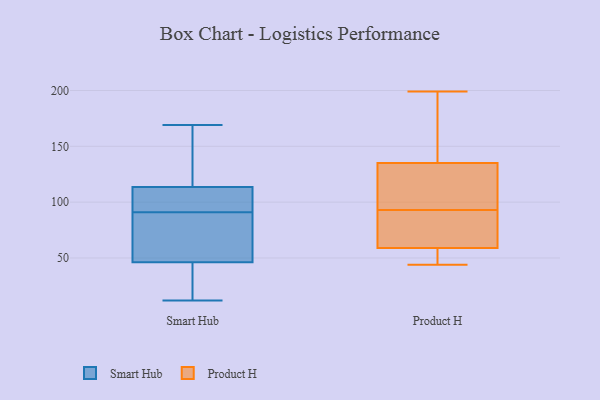
{"axis": {"x": "Customer Acquisition Cost (USD)", "y": "Value"}, "legend": ["Product H", "Smart Hub"], "data": [{"x": "", "y": 43, "type": "Smart Hub"}, {"x": "", "y": 98, "type": "Smart Hub"}, {"x": "", "y": 143, "type": "Smart Hub"}, {"x": "", "y": 12, "type": "Smart Hub"}, {"x": "", "y": 126, "type": "Smart Hub"}, {"x": "", "y": 20, "type": "Smart Hub"}, {"x": "", "y": 79, "type": "Smart Hub"}, {"x": "", "y": 169, "type": "Smart Hub"}, {"x": "", "y": 39, "type": "Smart Hub"}, {"x": "", "y": 112, "type": "Smart Hub"}, {"x": "", "y": 114, "type": "Smart Hub"}, {"x": "", "y": 108, "type": "Smart Hub"}, {"x": "", "y": 56, "type": "Smart Hub"}, {"x": "", "y": 62, "type": "Smart Hub"}, {"x": "", "y": 91, "type": "Smart Hub"}, {"x": "", "y": 147, "type": "Product H"}, {"x": "", "y": 128, "type": "Product H"}, {"x": "", "y": 60, "type": "Product H"}, {"x": "", "y": 48, "type": "Product H"}, {"x": "", "y": 107, "type": "Product H"}, {"x": "", "y": 80, "type": "Product H"}, {"x": "", "y": 199, "type": "Product H"}, {"x": "", "y": 107, "type": "Product H"}, {"x": "", "y": 142, "type": "Product H"}, {"x": "", "y": 44, "type": "Product H"}, {"x": "", "y": 47, "type": "Product H"}, {"x": "", "y": 78, "type": "Product H"}, {"x": "", "y": 58, "type": "Product H"}, {"x": "", "y": 83, "type": "Product H"}, {"x": "", "y": 103, "type": "Product H"}, {"x": "", "y": 183, "type": "Product H"}]}